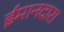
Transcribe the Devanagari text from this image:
ईमानदारा